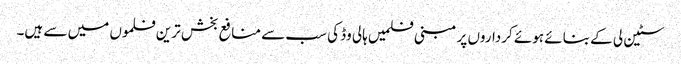
سٹین لی کے بنائے ہوئے کرداروں پر مبنی فلمیں ہالی وڈ کی سب سے منافع بخش ترین فلموں میں سے ہیں۔